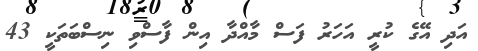
އަދި އޭގެ ކުރީ އަހަރު ފަސް މާއްދާ އިން ފާސްވި ނިސްބަތަކީ 43